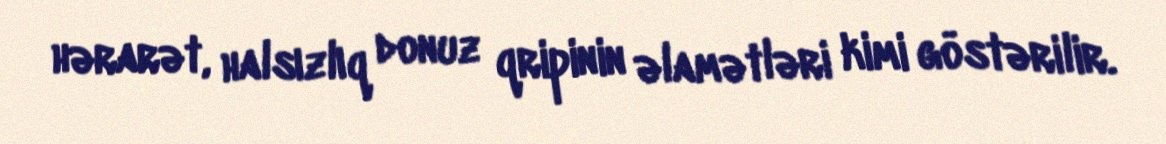
hərarət, halsızlıq donuz qripinin əlamətləri kimi göstərilir.